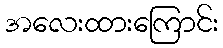
အလေးထားကြောင်း